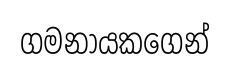
ගමනායකගෙන්